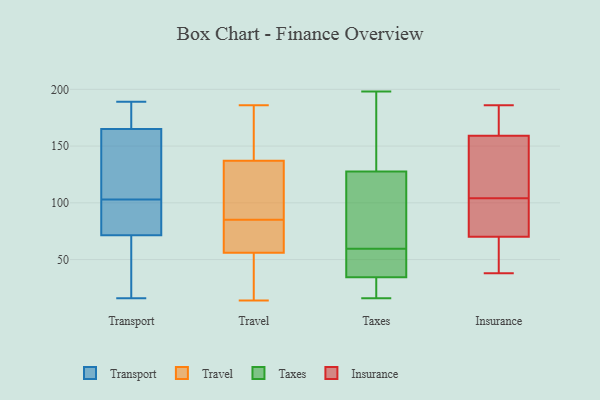
{"axis": {"x": "Operating Costs (USD K)", "y": "Value"}, "legend": ["Insurance", "Taxes", "Transport", "Travel"], "data": [{"x": "", "y": 66, "type": "Transport"}, {"x": "", "y": 97, "type": "Transport"}, {"x": "", "y": 150, "type": "Transport"}, {"x": "", "y": 169, "type": "Transport"}, {"x": "", "y": 77, "type": "Transport"}, {"x": "", "y": 181, "type": "Transport"}, {"x": "", "y": 107, "type": "Transport"}, {"x": "", "y": 16, "type": "Transport"}, {"x": "", "y": 24, "type": "Transport"}, {"x": "", "y": 99, "type": "Transport"}, {"x": "", "y": 60, "type": "Transport"}, {"x": "", "y": 168, "type": "Transport"}, {"x": "", "y": 97, "type": "Transport"}, {"x": "", "y": 189, "type": "Transport"}, {"x": "", "y": 162, "type": "Transport"}, {"x": "", "y": 116, "type": "Transport"}, {"x": "", "y": 168, "type": "Travel"}, {"x": "", "y": 174, "type": "Travel"}, {"x": "", "y": 77, "type": "Travel"}, {"x": "", "y": 75, "type": "Travel"}, {"x": "", "y": 166, "type": "Travel"}, {"x": "", "y": 18, "type": "Travel"}, {"x": "", "y": 113, "type": "Travel"}, {"x": "", "y": 14, "type": "Travel"}, {"x": "", "y": 24, "type": "Travel"}, {"x": "", "y": 81, "type": "Travel"}, {"x": "", "y": 89, "type": "Travel"}, {"x": "", "y": 56, "type": "Travel"}, {"x": "", "y": 81, "type": "Travel"}, {"x": "", "y": 101, "type": "Travel"}, {"x": "", "y": 48, "type": "Travel"}, {"x": "", "y": 137, "type": "Travel"}, {"x": "", "y": 126, "type": "Travel"}, {"x": "", "y": 186, "type": "Travel"}, {"x": "", "y": 35, "type": "Taxes"}, {"x": "", "y": 106, "type": "Taxes"}, {"x": "", "y": 48, "type": "Taxes"}, {"x": "", "y": 16, "type": "Taxes"}, {"x": "", "y": 26, "type": "Taxes"}, {"x": "", "y": 198, "type": "Taxes"}, {"x": "", "y": 184, "type": "Taxes"}, {"x": "", "y": 38, "type": "Taxes"}, {"x": "", "y": 34, "type": "Taxes"}, {"x": "", "y": 149, "type": "Taxes"}, {"x": "", "y": 71, "type": "Taxes"}, {"x": "", "y": 83, "type": "Taxes"}, {"x": "", "y": 138, "type": "Insurance"}, {"x": "", "y": 107, "type": "Insurance"}, {"x": "", "y": 60, "type": "Insurance"}, {"x": "", "y": 96, "type": "Insurance"}, {"x": "", "y": 70, "type": "Insurance"}, {"x": "", "y": 186, "type": "Insurance"}, {"x": "", "y": 101, "type": "Insurance"}, {"x": "", "y": 38, "type": "Insurance"}, {"x": "", "y": 163, "type": "Insurance"}, {"x": "", "y": 159, "type": "Insurance"}]}